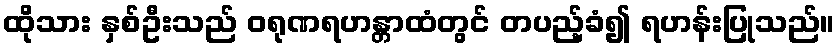
ထိုသား နှစ်ဦးသည် ဝရုဏရဟန္တာထံတွင် တပည့်ခံ၍ ရဟန်းပြုသည်။